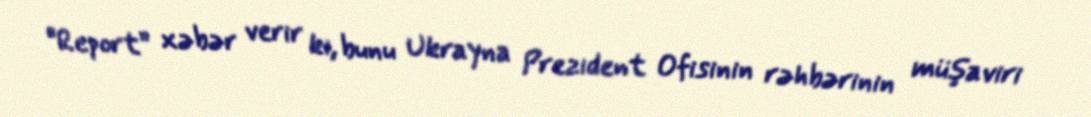
“Report” xəbər verir ki, bunu Ukrayna Prezident Ofisinin rəhbərinin müşaviri